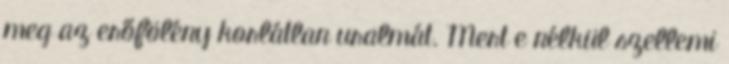
meg az erőfölény korlátlan uralmát. Mert e nélkül szellemi